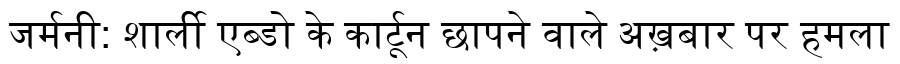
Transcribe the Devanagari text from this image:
जर्मनी: शार्ली एब्डो के कार्टून छापने वाले अख़बार पर हमला